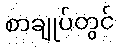
စာချုပ်တွင်